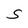
Character: s